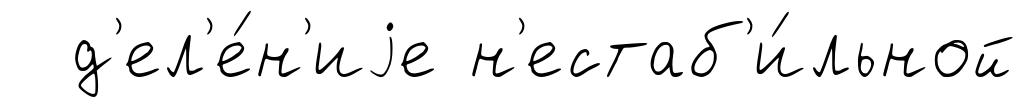
д'ел'е́н'иjе н'естаб'и́льной